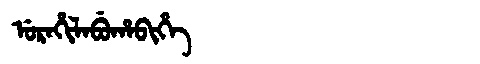
Manchu: ᡠᡵᠠᡥᡳᠯᠠᠪᡠᡥᠠᠪᡳᡥᡝ
Romanization: URAHILABUHABIHE